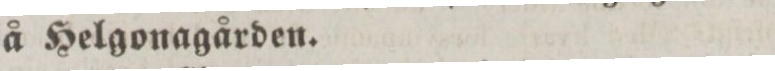
å Helgonagården.